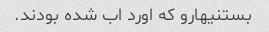
بستنیهارو که اورد اب شده بودند.